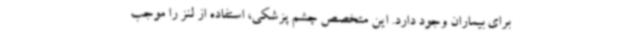
برای بیماران وجود دارد. این متخصص چشم پزشکی، استفاده از لنز را موجب